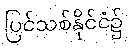
ပြင်သစ်နိုင်ငံ၌